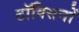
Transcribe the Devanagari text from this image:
टॉक्सिनों